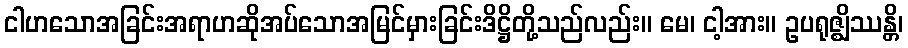
ငါဟသောအခြင်းအရာဟဆိုအပ်သောအမြင်မှားခြင်းဒိဋ္ဌိတို့သည်လည်း။ မေ၊ ငါ့အား။ ဥပရုဇ္ဈိဿန္တိ၊